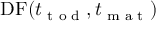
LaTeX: \mathrm { D F } ( t _ { \textrm { t o d } } , t _ { \textrm { m a t } } )